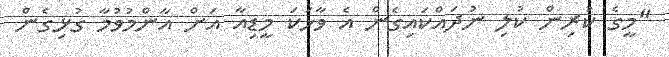
"މީގެ ކުރިން ކުލި ނުދައްކައިގެން އެ ވާހަކަ މީޑިއާ އަށް އާންމުވުމާ ގުޅިގެން